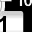
Digit: 1